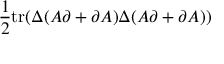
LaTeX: \frac { 1 } { 2 } \mathrm { t r } ( \Delta ( A \partial + \partial A ) \Delta ( A \partial + \partial A ) )